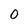
Character: 0